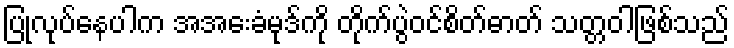
ပြုလုပ်နေပါက အအေးခံမုဒ်ကို တိုက်ပွဲဝင်စိတ်ဓာတ် သတ္တဝါဖြစ်သည်